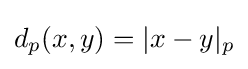
d_{p}(x,y)=|x-y|_{p}